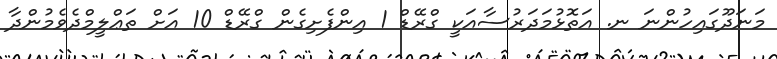
މަނަދޫގައިހުންނަ ނ. އަތޮޅުމަދަރުސާއަކީ ގްރޭޑް 1 އިންފެށިގެން ގްރޭޑް 10 އަށް ތަޢްލީމްދެވެމުންދާ